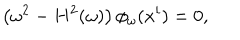
\left( \omega ^ { 2 } - H ^ { 2 } ( \omega ) \right) \phi _ { \omega } ( x ^ { i } ) = 0 ,